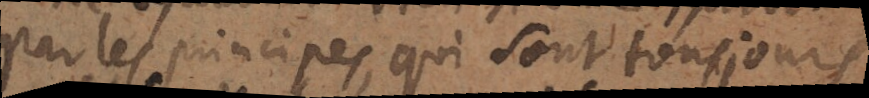
par les principes, qui sont toujours